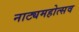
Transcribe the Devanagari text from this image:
नाट्यमहोत्सव